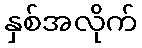
နှစ်အလိုက်